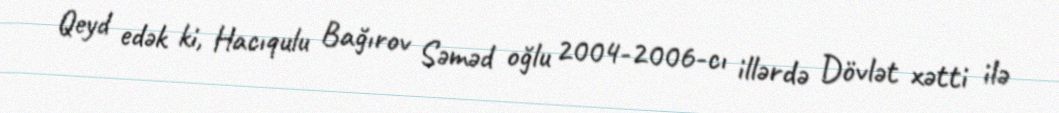
Qeyd edək ki, Hacıqulu Bağırov Səməd oğlu 2004-2006-cı illərdə Dövlət xətti ilə